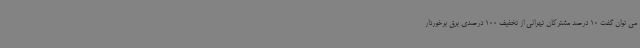
می توان گفت 10 درصد مشترکان تهرانی از تخفیف 100 درصدی برق برخوردار